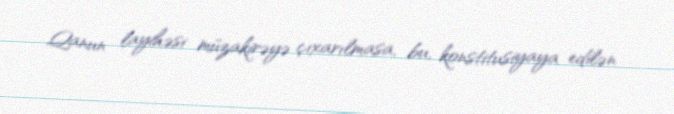
Qanun layihəsi müzakirəyə çıxarılmasa, bu, konstitusiyaya edilən